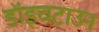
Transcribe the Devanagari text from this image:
डॉइचटाउन